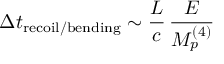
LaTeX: \Delta t _ { \mathrm { r e c o i l / b e n d i n g } } \sim \frac { L } { c } \, \frac { E } { M _ { p } ^ { ( 4 ) } }